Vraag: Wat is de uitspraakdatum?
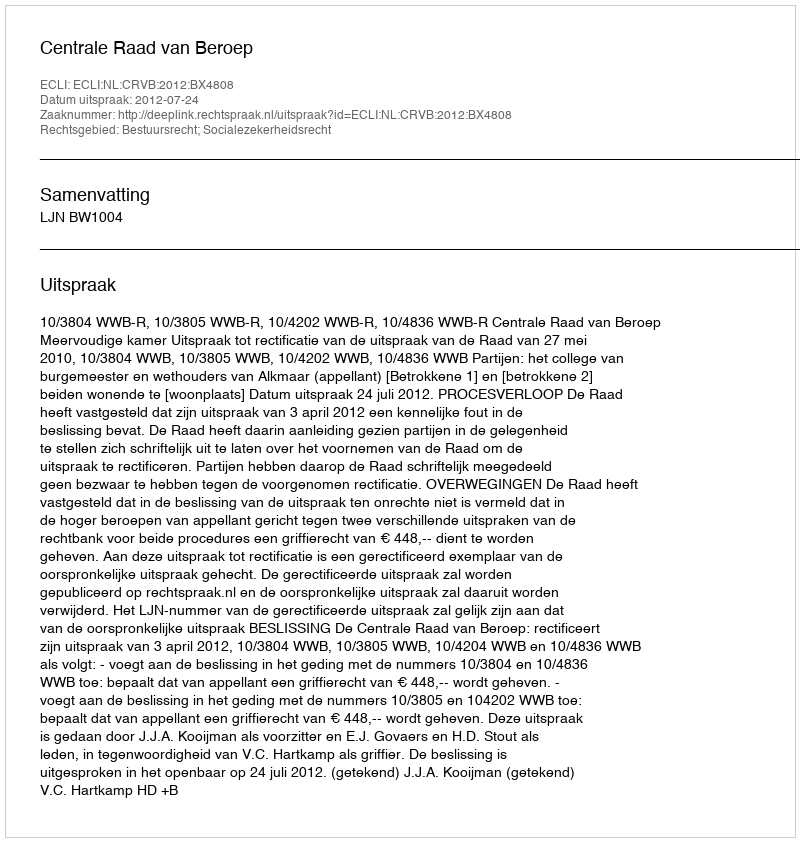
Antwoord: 2012-07-24